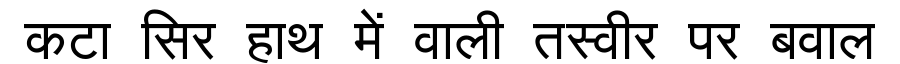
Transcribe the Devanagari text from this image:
कटा सिर हाथ में वाली तस्वीर पर बवाल